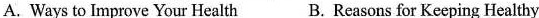
A. Ways to Improve Your Health B. Reasons for Keeping Healthy